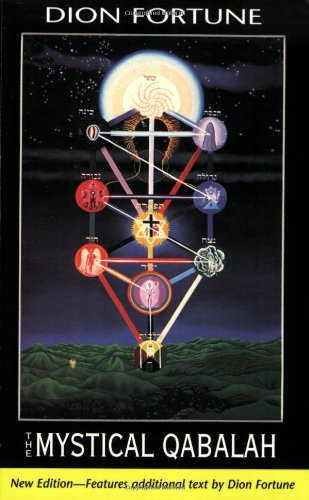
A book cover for Mystical Qabalah; Dion Fortune; Religion & Spirituality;